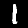
Digit: 1